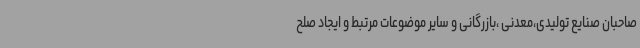
صاحبان صنایع تولیدی،معدنی ،بازرگانی و سایر موضوعات مرتبط و ایجاد صلح